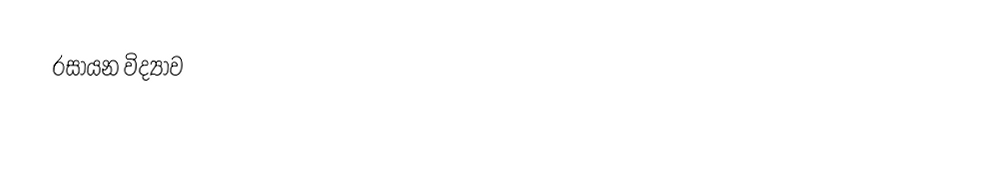
රසායන විද්‍යාව